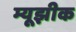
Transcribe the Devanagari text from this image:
म्यूझीक